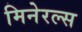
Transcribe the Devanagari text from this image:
मिनेरल्स